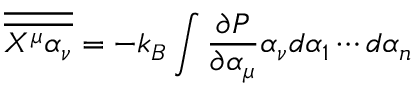
{ \overline { { \overline { { X ^ { \mu } \alpha _ { \nu } } } } } } = - k _ { B } \int \frac { \partial P } { \partial \alpha _ { \mu } } \alpha _ { \nu } d \alpha _ { 1 } \cdots d \alpha _ { n }